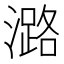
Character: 潞